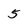
Character: 5